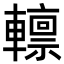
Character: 𨎺